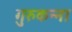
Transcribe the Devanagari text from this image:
गुरुकन्ना